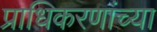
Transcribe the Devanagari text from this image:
प्राधिकरणांच्या